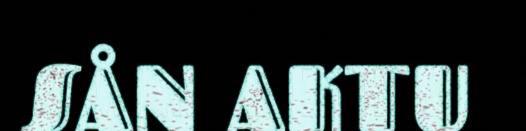
SÅN AKTU